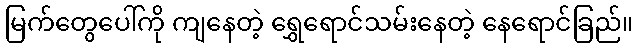
မြက်တွေပေါ်ကို ကျနေတဲ့ ရွှေရောင်သမ်းနေတဲ့ နေရောင်ခြည်။